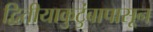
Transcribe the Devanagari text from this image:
द्वितीयाकुटुंबापासून